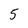
Character: 5